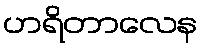
ဟရိတာလေန